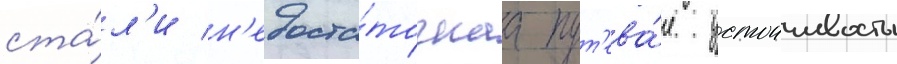
ста́л'и н'едоста́точнаа пут'ева́я устоичивость